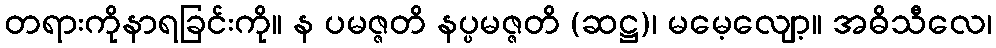
တရားကိုနာရခြင်းကို။ န ပမဇ္ဇတိ နပ္ပမဇ္ဇတိ (ဆဋ္ဌ)၊ မမေ့လျော့။ အဓိသီလေ၊